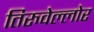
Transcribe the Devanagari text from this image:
तिरुवेल्लोर